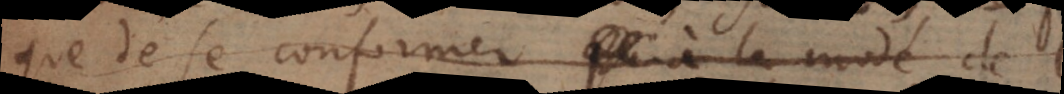
gens de se conformer à la mode de